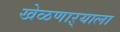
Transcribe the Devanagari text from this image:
खेळणाऱ्याला